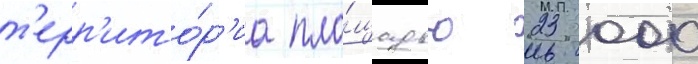
т'ерр'ито́р'иа пло́щадью 23 000